65_HS1-834228961_62-HQ-83894_Section_1
Agency: FBI
Page 67
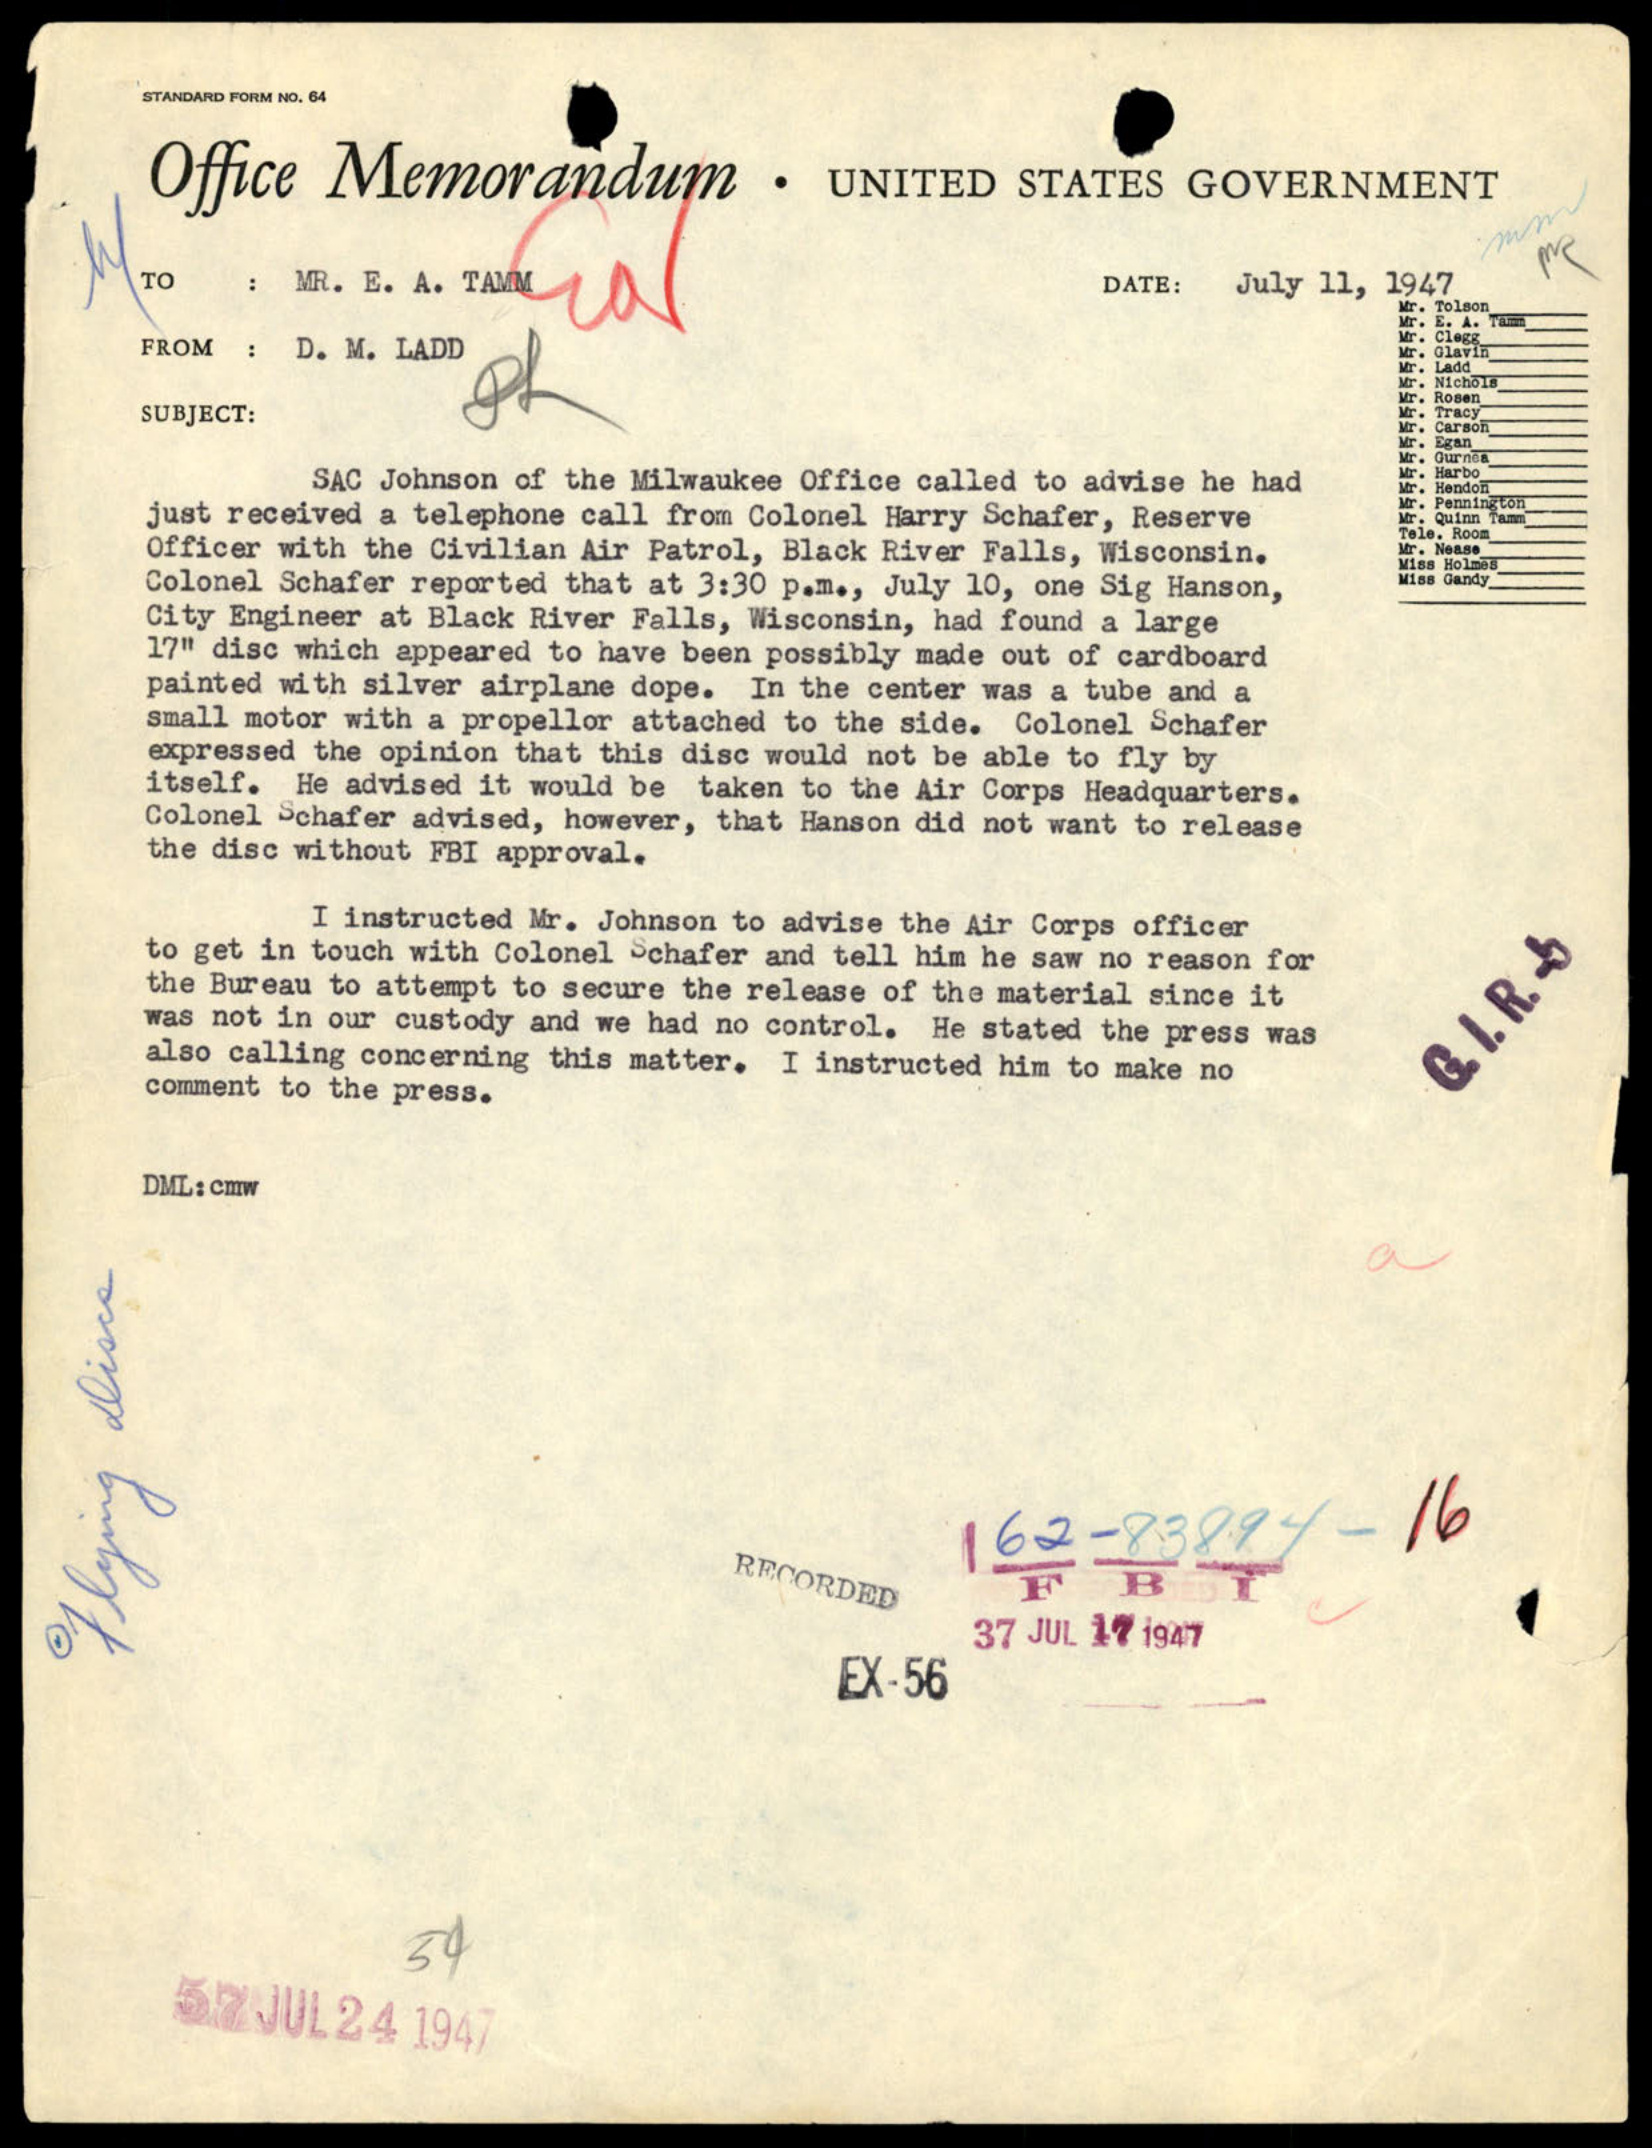